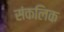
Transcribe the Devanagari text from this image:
संकलिक